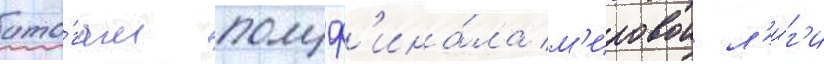
ито́гам полуф'ина́ла м'ировои л'и́г'и